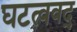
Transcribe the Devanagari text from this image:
घटत्ववद्